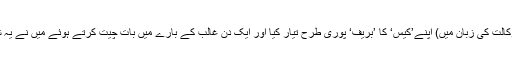
میں نے(وکالت کی زبان میں) اپنے’کیس‘ کا ’بریف‘ پوری طرح تیار کیا اور ایک دن غالب کے بارے میں بات چیت کرتے ہوئے میں نے یہ شعر پڑھا۔